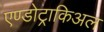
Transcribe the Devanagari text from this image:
एण्डोट्राकिअल